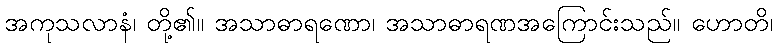
အကုသလာနံ၊ တို့၏။ အသာဓာရဏော၊ အသာဓာရဏအကြောင်းသည်။ ဟောတိ၊